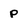
Character: p